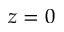
z = 0